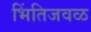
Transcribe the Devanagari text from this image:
भिंतिजवळ